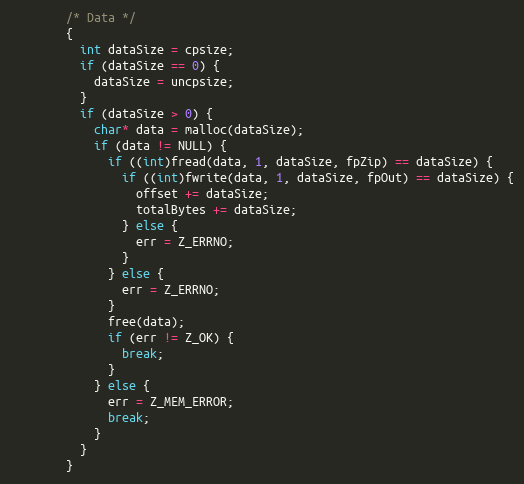
Language: C
        /* Data */
        {
          int dataSize = cpsize;
          if (dataSize == 0) {
            dataSize = uncpsize;
          }
          if (dataSize > 0) {
            char* data = malloc(dataSize);
            if (data != NULL) {
              if ((int)fread(data, 1, dataSize, fpZip) == dataSize) {
                if ((int)fwrite(data, 1, dataSize, fpOut) == dataSize) {
                  offset += dataSize;
                  totalBytes += dataSize;
                } else {
                  err = Z_ERRNO;
                }
              } else {
                err = Z_ERRNO;
              }
              free(data);
              if (err != Z_OK) {
                break;
              }
            } else {
              err = Z_MEM_ERROR;
              break;
            }
          }
        }